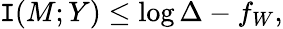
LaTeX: \mathtt{I}(M;Y)\leq\log\Delta-f_{W},